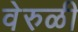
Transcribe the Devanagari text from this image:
वेरुळी